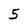
Character: 5